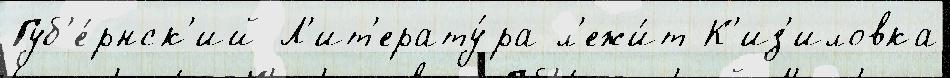
Губ'е́рнск'ий Л'ит'ерату́ра л'ежи́т К'из'иловка